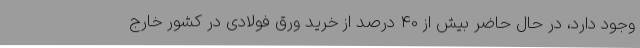
وجود دارد، در حال حاضر بیش از 40 درصد از خرید ورق فولادی در کشور خارج